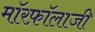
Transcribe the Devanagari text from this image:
मॉरफ़ॉलाजी